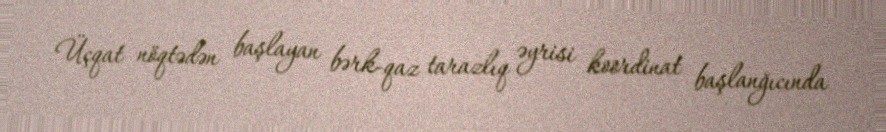
Üçqat nöqtədən başlayan bərk-qaz tarazlıq əyrisi koordinat başlanğıcında